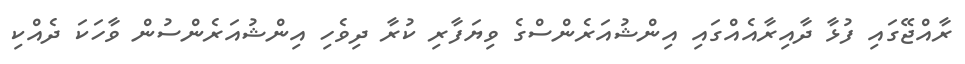
ރާއްޖޭގައި ފުޅާ ދާއިރާއެއްގައި އިންޝުއަރެންސްގެ ވިޔަފާރި ކުރާ ދިވެހި އިންޝުއަރެންސުން ވާހަކަ ދެއްކި